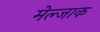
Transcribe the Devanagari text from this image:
मेल्जाक